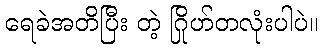
ရေခဲအတိပြီး တဲ့ ဂြိုဟ်တလုံးပါပဲ။